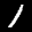
Label: 1